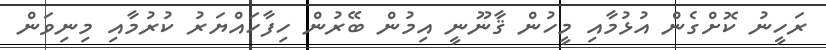
ރަހީނު ކޮށްގެން އުޅުމާއި މީހުން ޤާނޫނީ އިމުން ބޭރުން ހިފާހައްޔަރު ކުރުމާއި މިނިވަން